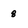
Character: 8